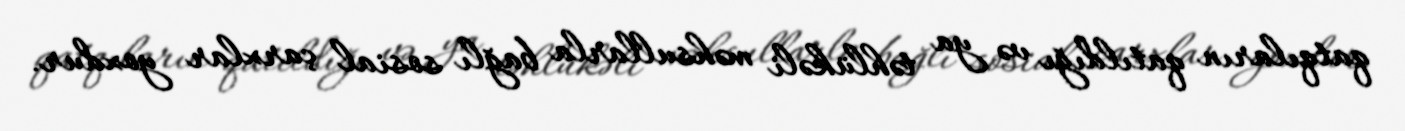
qatqıların qatıldığı və ya təhlükəli məhsullarla bağlı sosial çarxlar yoxdur.